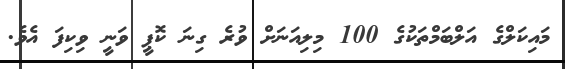
މައިކަލްގެ އަލްބަމްތަކުގެ 100 މިލިއަނަށް ވުރެ ގިނަ ކޮޕީ ވަނީ ވިކިފަ އެވެ.